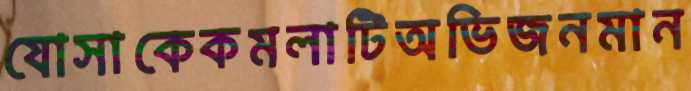
যোসাকেকমলাটিঅভিজনমান